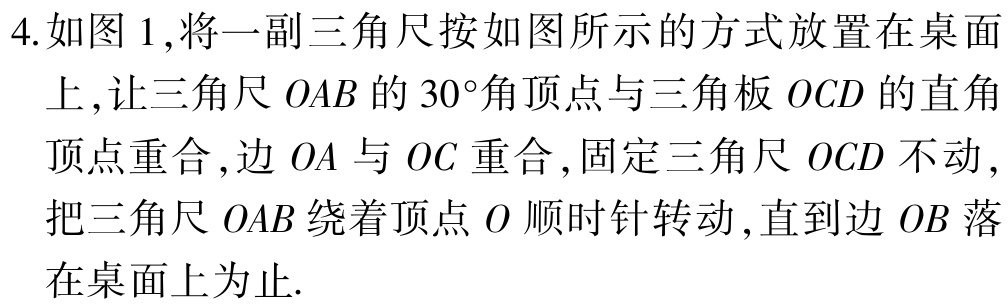
4.如图1,将一副三角尺按如图所示的方式放置在桌面上,让三角尺\(OAB\)的\(30^{\circ}\)角顶点与三角板\(OCD\)的直角顶点重合,边\(OA\)与\(OC\)重合,固定三角尺\(OCD\)不动,把三角尺\(OAB\)绕着顶点\(O\)顺时针转动,直到边\(OB\)落在桌面上为止.